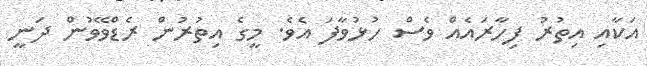
އަކާއި އިތުރު ފިހާރައެއް ވެސް ހުޅުވާފަ އެވެ. މީގެ އިތުރުން ރެޑްވޭވުން ދަނީ